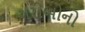
ગરીબોનો